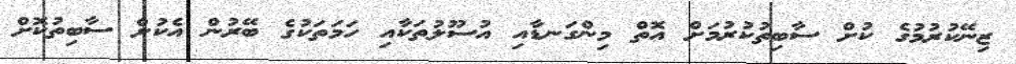
ޒިނޭކުރުމުގެ ކުށް ސާބިތުކުރުމަށް އޮތް މިންގަނޑާއި އުސޫލުތަކާއި ހަމަތަކުގެ ބޭރުން އެކުށް ސާބިތުކޮށް